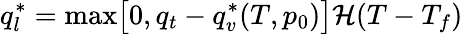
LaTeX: q_{l}^{*}=\operatorname*{max}\bigl[0,q_{t}-q_{v}^{*}(T,p_{0})\bigr]\mathcal{H}(T-T_{f})